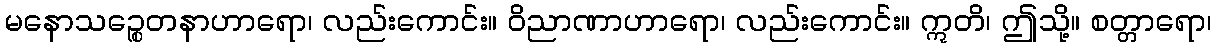
မနောသဉ္စေတနာဟာရော၊ လည်းကောင်း။ ဝိညာဏာဟာရော၊ လည်းကောင်း။ ဣတိ၊ ဤသို့။ စတ္တာရော၊